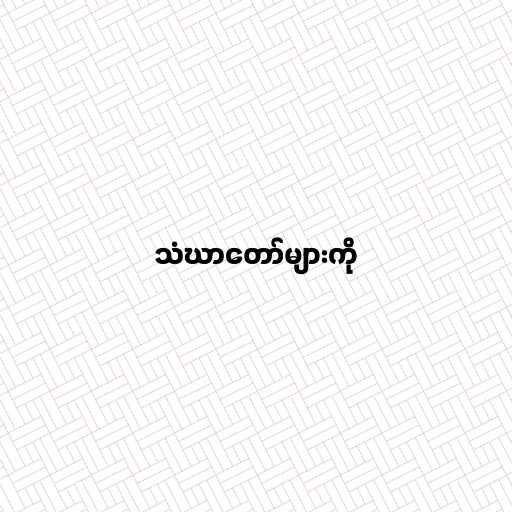
သံဃာတော်များကို